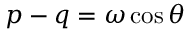
p - q = \omega \cos \theta